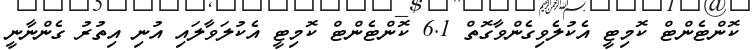
ކޮންޓެންޓް ކޮމިޓީ އެކުލެވިގެންވާގޮތް 6.1 ކޮންޓެންޓް ކޮމިޓީ އެކުލަވާލައި އުނި އިތުރު ގެންނާނީ